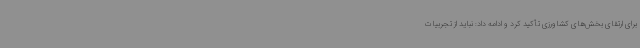
برای ارتقای بخش‌های کشاورزی تأکید کرد و ادامه داد: نباید از تجربیات